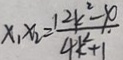
x _ { 1 } x _ { 2 } = \frac { 1 2 k ^ { 2 } - x } { 4 k ^ { 2 } + 1 }